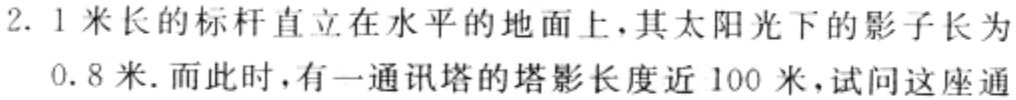
2. 1米长的标杆直立在水平的地面上，其太阳光下的影子长为

0.8米. 而此时，有一通讯塔的塔影长度近100米，试问这座通